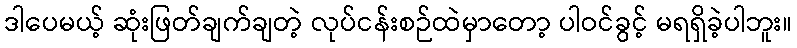
ဒါပေမယ့် ဆုံးဖြတ်ချက်ချတဲ့ လုပ်ငန်းစဉ်ထဲမှာတော့ ပါဝင်ခွင့် မရရှိခဲ့ပါဘူး။